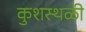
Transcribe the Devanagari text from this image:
कुशस्थळी